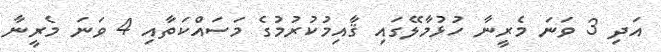
އަދި 3 ވަނަ މެރީނާ ހުޅުމާލޭގައި ޤާއިމުކުރުމުގެ މަސައްކަތާއި 4 ވަނަ މެރީނާ